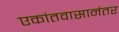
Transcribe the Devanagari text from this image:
एकांतवासानंतर